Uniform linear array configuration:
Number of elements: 12
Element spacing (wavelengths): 1
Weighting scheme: hann
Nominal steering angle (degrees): -45
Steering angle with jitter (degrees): -44.254
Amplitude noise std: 0.05
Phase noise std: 0.05

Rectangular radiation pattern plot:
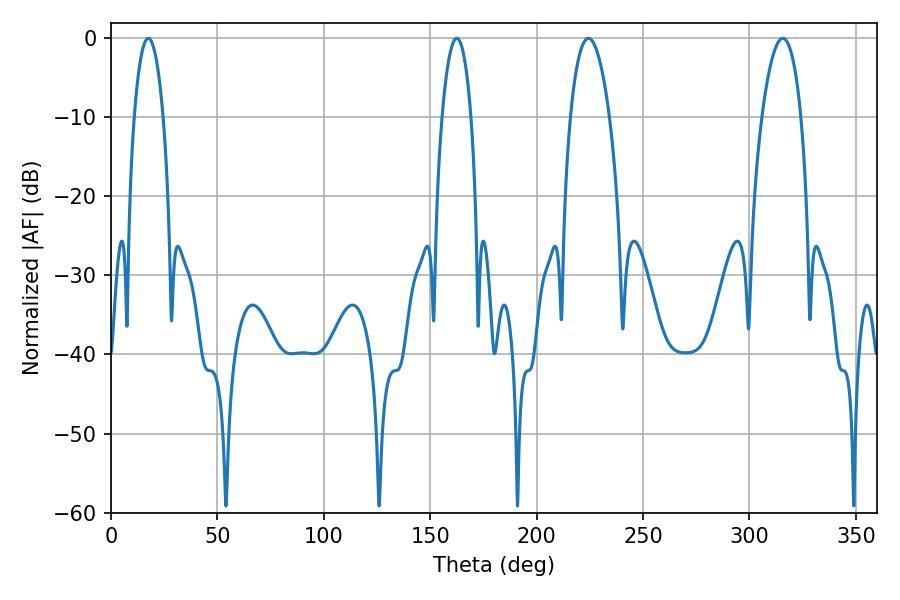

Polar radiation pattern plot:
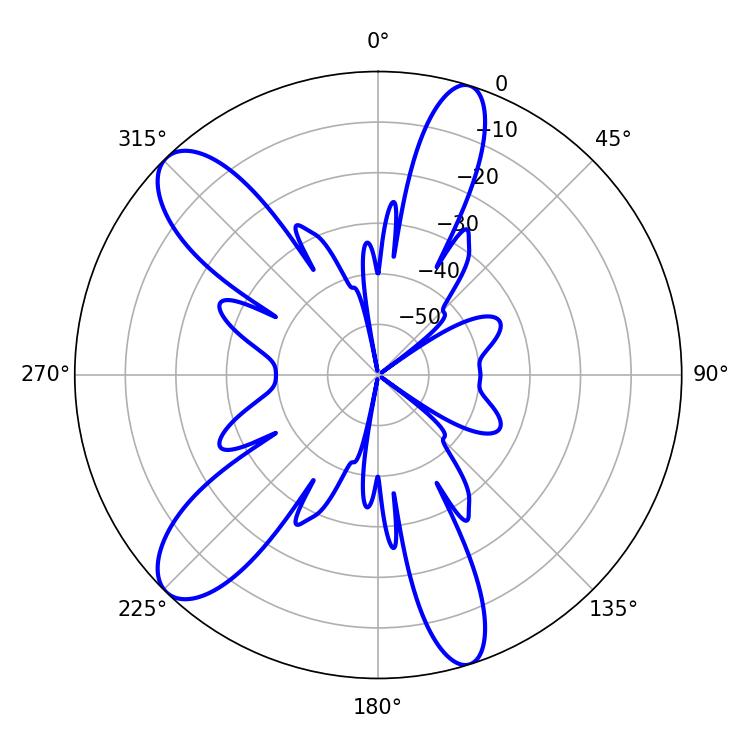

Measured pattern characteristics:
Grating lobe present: TRUE
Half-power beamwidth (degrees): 10.26
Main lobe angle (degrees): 224.28